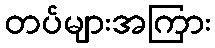
တပ်များအကြား